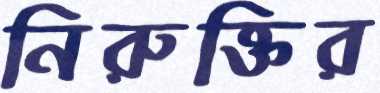
নিরুক্তির